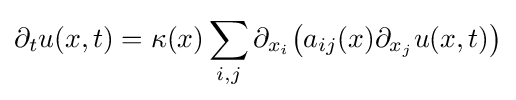
\partial _{t}u(x,t)=\kappa (x)\sum _{i,j}\partial _{x_{i}}{\bigl (}a_{ij}(x)\partial _{x_{j}}u(x,t){\bigr )}